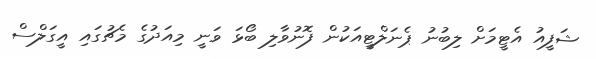
ޝަފީއު އެޓީމަށް ލިބުނު ޕެނަލްޓީއަކުން ފޮނުވާލި ބޯޅަ ވަނީ މިއަދުގެ މެޗުގައި އީގަލްސް